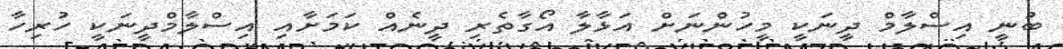
ބުނީ އިސްލާމް ދީނަކީ މީހުންނަށް އަޅާލާ އޯގާތެރި ދީނެއް ކަމަށާއި އިސްލާމްދީނަކީ ހުރިހާ